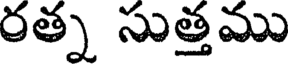
రత్న సుత్తము